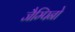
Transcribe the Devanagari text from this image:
जैम्पिनो